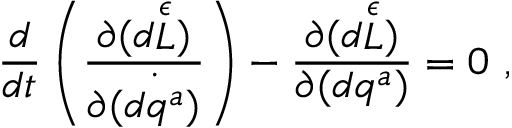
{ \frac { d } { d t } } \left( { \frac { \partial { ( d { \stackrel { \epsilon } { L } } ) } } { \partial { ( \stackrel { \cdot } { d q ^ { a } } } ) } } \right) - { \frac { \partial { ( d { \stackrel { \epsilon } { L } } ) } } { \partial { ( d q ^ { a } ) } } } = 0 \ ,